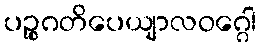
ပဉ္စဂတိပေယျာလဝဂ္ဂေါ